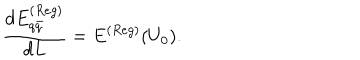
\frac { d E _ { q \bar { q } } ^ { ( R e g ) } } { d L } = E ^ { ( R e g ) } ( U _ { 0 } ) .